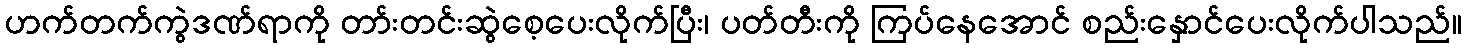
ဟက်တက်ကွဲဒဏ်ရာကို တာ်းတင်းဆွဲစေ့ပေးလိုက်ပြီး၊ ပတ်တီးကို ကြပ်နေအောင် စည်းနှောင်ပေးလိုက်ပါသည်။